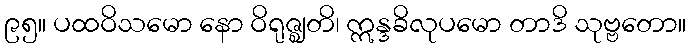
၉၅။ ပထဝိသမော နော ဝိရုဇ္ဈတိ၊ ဣန္ဒခိလုပမော တာဒိ သုဗ္ဗတော။